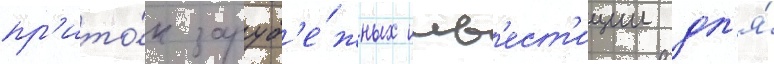
пр'ито́к заруб'е́жных инв'ест'иции дл'я́